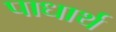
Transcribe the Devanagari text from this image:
पाधार्थ